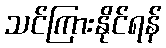
သင်ကြားနိုင်ရန်